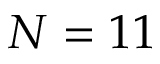
N = 1 1